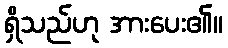
ရှိသည်ဟု အားပေး၏။